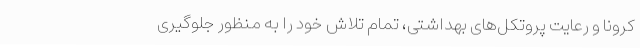
کرونا و رعایت پروتکل‌های بهداشتی، تمام تلاش خود را به منظور جلوگیری